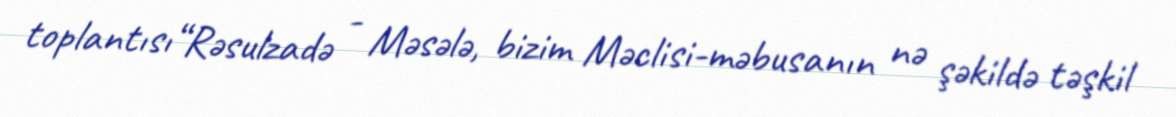
toplantısı“Rəsulzadə - Məsələ, bizim Məclisi-məbusanın nə şəkildə təşkil